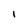
Character: I